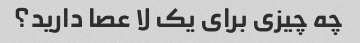
چه چیزی برای یک لا عصا دارید؟